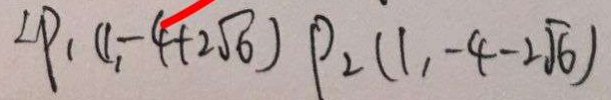
\angle P _ { 1 } ( 1 _ { 1 } - 4 + 2 \sqrt { 6 } ) P _ { 2 } ( 1 , - 4 - 2 \sqrt { 6 } )